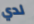
لدي